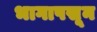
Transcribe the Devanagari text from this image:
भागापसून